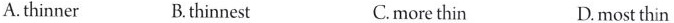
A.thinner B.thinnest C.more thin D.most thin